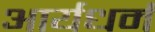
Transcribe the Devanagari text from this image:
आर्यधर्म